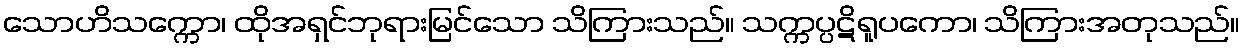
သောဟိသက္ကော၊ ထိုအရှင်ဘုရားမြင်သော သိကြားသည်။ သက္ကပ္ပဋိရူပကော၊ သိကြားအတုသည်။